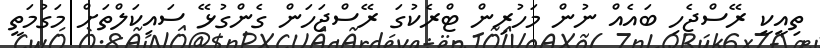
ތިއީކީ ރޭސްޖެހި ބައެެއް ނުން މަހުރިން ޓްރެކުގަ ރޭސްޖަހަން ގެންގުޅޭ ސައިކަލްތަށް މަގުމަތީ